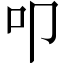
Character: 叩